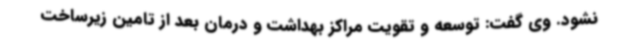
نشود. وی گفت: توسعه و تقویت مراکز بهداشت و درمان بعد از تامین زیرساخت